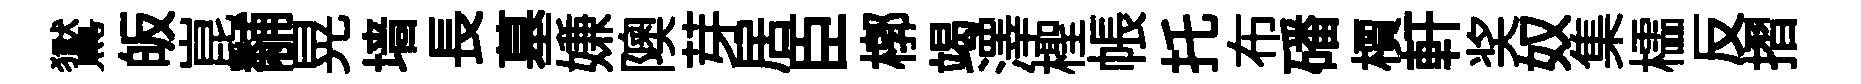
鸑皈崑黼晃墙長墓嫌隩芽居臣槨竭澤檉帳托布磻檟軒奖奴集櫺反摺